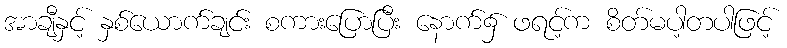
အာချီနှင့် နှစ်ယောက်ချင်း စကားပြောပြီး နောက်၌ ဖရင့်က စိတ်မပါ့တပါဖြင့်